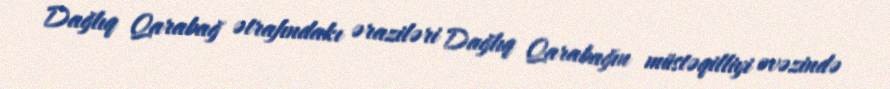
Dağlıq Qarabağ ətrafındakı əraziləri Dağlıq Qarabağın müstəqilliyi əvəzində